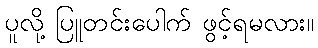
ပူလို့ ပြူတင်းပေါက် ဖွင့်ရမလား။